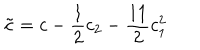
{ \tilde { c } } = c - { \frac { 1 } { 2 } } c _ { 2 } - { \frac { 1 1 } { 2 } } c _ { 1 } ^ { 2 }